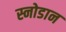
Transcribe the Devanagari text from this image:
स्नोडान